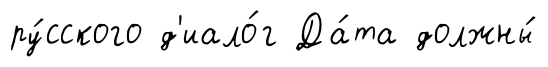
ру́сского д'иало́г Да́та должны́